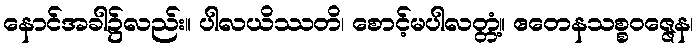
နောင်အခါ၌လည်း။ ပါလယိဿတိ၊ စောင့်မပါလတ္တံ့။ ဧတေနသစ္စဝဇ္ဇေန၊